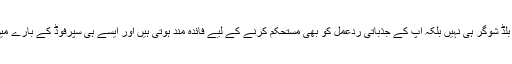
درحقیقت کچھ غذائیں ایسی ہوتی ہیں جو بلڈ شوگر ہی نہیں بلکہ آپ کے جذباتی ردعمل کو بھی مستحکم کرنے کے لیے فائدہ مند ہوتی ہیں اور ایسے ہی سپرفوڈ کے بارے میں جاننا آپ کے لیے فائدہ مند ثابت ہوگا۔